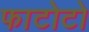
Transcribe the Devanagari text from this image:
फाटोटो